Medical and sanitary report of the native army of Bengal for the year
Year: 1878
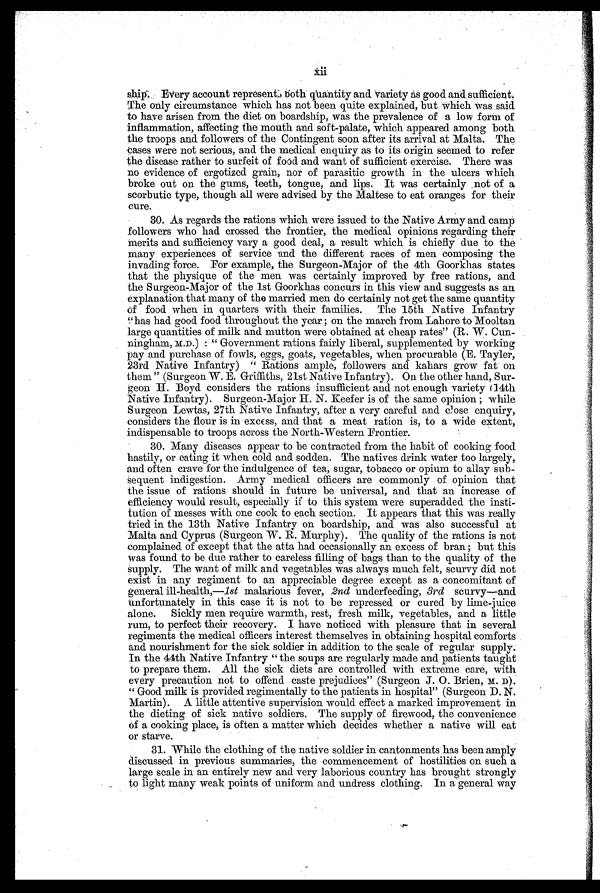
xii
ship. Every account represent both quantity and variety as good and sufficient.
The only circumstance which has not been quite explained, but which was said
to have arisen from the diet on boardship, was the prevalence of a low form of
inflammation, affecting the mouth and soft-palate, which appeared among both
the troops and followers of the Contingent soon after its arrival at Malta. The
cases were not serious, and the medical enquiry as to its origin seemed to refer
the disease rather to surfeit of food and want of sufficient exercise. There was
no evidence of ergotized grain, nor of parasitic growth in the ulcers which
broke out on the gums, teeth, tongue, and lips. It was certainly not of a
scorbutic type, though all were advised by the Maltese to eat oranges for their
cure.
30. As regards the rations which were issued to the Native Army and camp
followers who had crossed the frontier, the medical opinions regarding their
merits and sufficiency vary a good deal, a result which is chiefly due to the
many experiences of service and the different races of men composing the
invading force. For example, the Surgeon-Major of the 4th Goorkhas states
that the physique of the men was certainly improved by free rations, and
the Surgeon-Major of the 1st Goorkhas concurs in this view and suggests as an
explanation that many of the married men do certainly not get the same quantity
of food when in quarters with their families. The 15th Native Infantry
"has had good food throughout the year; on the march from Lahore to Mooltan
large quantities of milk and mutton were obtained at cheap rates" (R. W. Cun
-
ningham, M.D.) : "Government rations fairly liberal, supplemented by working
pay and purchase of fowls, eggs, goats, vegetables, when procurable (E. Tayler,
23rd Native Infantry) "Rations ample, followers and kahars grow fat on
them" (Surgeon W. E. Griffiths, 21st Native Infantry). On the other hand, Sur
-
geon H. Boyd considers the rations insufficient and not enough variety (14th
Native Infantry). Surgeon-Major H. N. Keefer is of the same opinion; while
Surgeon Lewtas, 27th Native Infantry, after a very careful and close enquiry,
considers the flour is in excess, and that a meat ration is, to a wide extent,
indispensable to troops across the North-Western Frontier.
30. Many diseases appear to be contracted from the habit of cooking food
hastily, or eating it when cold and sodden. The natives drink water too largely,
and often crave for the indulgence of tea, sugar, tobacco or opium to allay sub
-
sequent indigestion. Army medical officers are commonly of opinion that
the issue of rations should in future be universal, and that an increase of
efficiency would result, especially if to this system were superadded the insti
-
tution of messes with one cook to each section. It appears that this was really
tried in the 13th Native Infantry on boardship, and was also successful at
Malta and Cyprus (Surgeon W. R. Murphy). The quality of the rations is not
complained of except that the atta had occasionally an excess of bran; but this
was found to be due rather to careless filling of bags than to the quality of the
s u p p l y . T h e w a n t o f m i l k a n d v e g e t a b l e s w a s a l w a y s m u c h f e l t , s c u r v y d i d n o t
exist in any regiment to an appreciable degree except as a concomitant of
general ill-health,—1st malarious fever, 2nd underfeeding, 3rd scurvy—and
unfortunately in this case it is not to be repressed or cured by lime-juice
alone. Sickly men require warmth, rest, fresh milk, vegetables, and a little
rum, to perfect their recovery. I have noticed with pleasure that in several
regiments the medical officers interest themselves in obtaining hospital comforts
and nourishment for the sick soldier in addition to the scale of regular supply.
In the 44th Native Infantry "the soups are regularly made and patients taught
to prepare them. All the sick diets are controlled with extreme care, with
every precaution not to offend caste prejudices" (Surgeon J. O. Brien, M. D).
"Good milk is provided regimentally to the patients in hospital" (Surgeon D. N.
Martin). A little attentive supervision would effect a marked improvement in
the dieting of sick native soldiers. The supply of firewood, the convenience
of a cooking place, is often a matter which decides whether a native will eat
or starve.
31. While the clothing of the native soldier in cantonments has been amply
discussed in previous summaries, the commencement of hostilities on such a
large scale in an entirely new and very laborious country has brought strongly
to light many weak points of uniform and undress clothing. In a general way